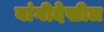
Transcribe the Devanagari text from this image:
वांगीदेखील